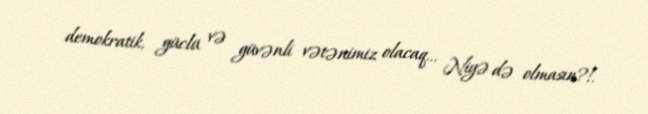
demokratik, güclü və güvənli vətənimiz olacaq... Niyə də olmasın?!.